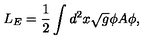
L _ { E } = \frac { 1 } { 2 } \int d ^ { 2 } x \sqrt { g } \phi A \phi ,